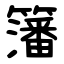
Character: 籓